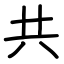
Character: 共